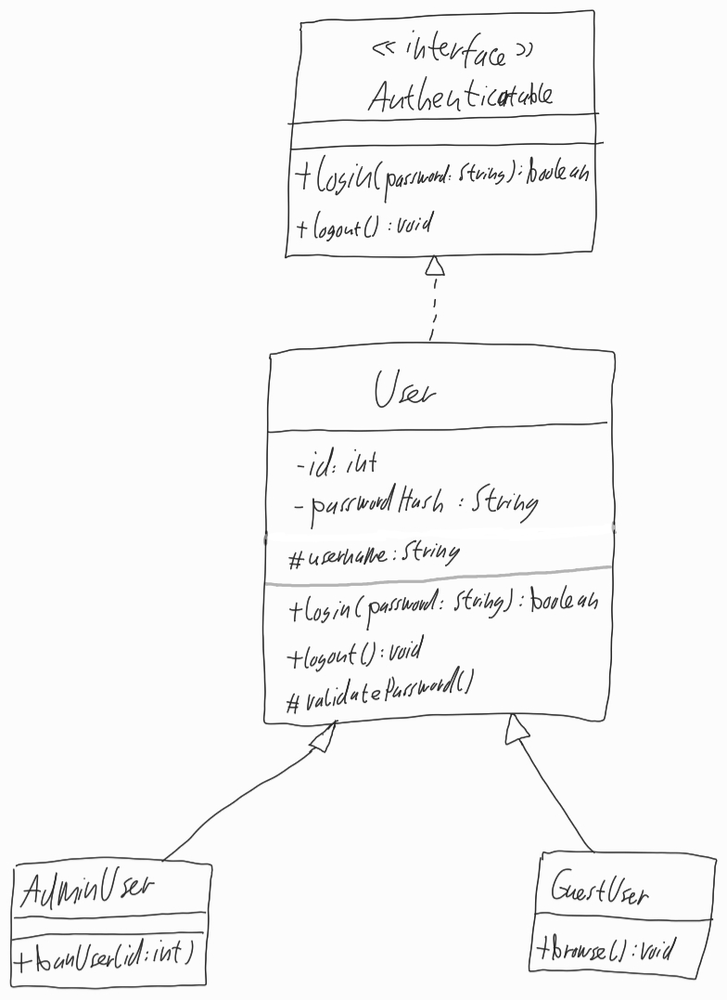
Diagram type: class_diagram
```plantuml
@startuml

interface Authenticatable {
  + login(password: String): boolean
  + logout(): void
}

class User implements Authenticatable {
  - id: int
  - passwordHash: String
  # username: String
  + login(password: String): boolean
  + logout(): void
  # validatePassword()
}

class AdminUser extends User {
  + banUser(id: int)
}

class GuestUser extends User {
  + browse(): void
}

@enduml
```